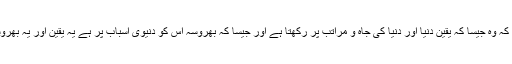
اور ہر ایک انسان اپنی عملی حالت سے بتا رہا ہے کہ وہ جیسا کہ یقین دنیا اور دنیا کی جاہ و مراتب پر رکھتا ہے اور جیسا کہ بھروسہ اُس کو دنیوی اسباب پر ہے یہ یقین اور یہ بھروسہ ہرگز اُس کو خدا تعالیٰ اور عالَمِ آخرت پر نہیں۔